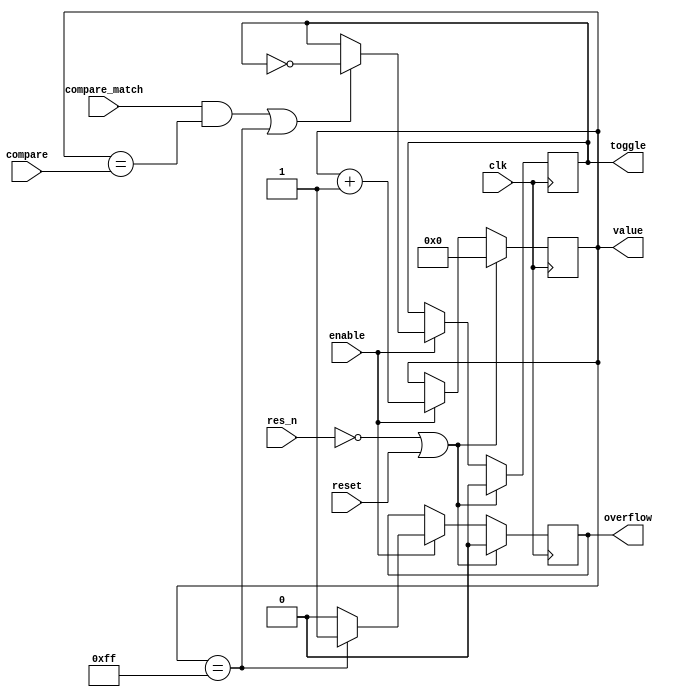
module counter_match #(parameter SIZE = 8) (
		
		input 	wire 				clk,
		input 	wire 				res_n,
		input   wire				reset,
		
		input  	wire 				enable,
		
		input  	wire	[SIZE-1:0] 	compare,
		input  	wire    			compare_match,
		
		output 	reg 	[SIZE-1:0] 	value,
		output 	reg 				overflow,
		
		//-- Toggle output
		output 	reg 				toggle
);
	
	wire overflow_cycle = (value== (2**SIZE)-1);
	wire toggle_cycle = (compare_match && value==compare) || overflow_cycle;
	
	always @(posedge clk) begin
		
		if(!res_n || reset) begin
			value <= {SIZE{1'b0}};
			overflow <= 0;
			toggle <= 0;
		end
		else begin
			
			// Global Enable
			if (enable) begin
				
				
				value <= value + 1;
				
				//-- Overflow
				if (overflow_cycle) begin
					overflow <= 1;
				end
				else begin
					overflow <= 0;
				end
				
				//-- Toggle
				//-- On compare match or overflow
				if (toggle_cycle) begin
					toggle <= ! toggle;
				end
			end
			
		end
		
	end
	
	
endmodule